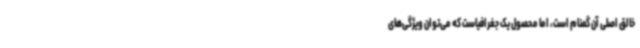
خالق اصلی آن گمنام است، اما محصول یک جغرافیاست که می‌توان ویژگی‌های